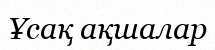
Ұсақ ақшалар